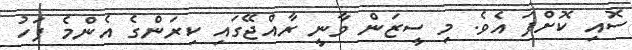
ސޮއި ކޮށްފަ އެވެ. މި ސީޒަން ވާނީ ރާއްޖޭގައި ކިރަންގެ އެންމެ ފަހު